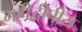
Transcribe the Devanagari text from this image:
महीद्वीपीय